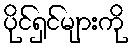
ပိုင်ရှင်များကို